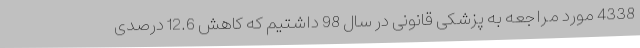
4338 مورد مراجعه به پزشکی قانونی در سال 98 داشتیم که کاهش 12.6 درصدی